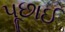
પૂછાઈ